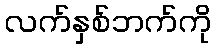
လက်နှစ်ဘက်ကို